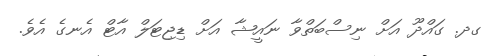
ގދ. ގައްދޫ އަށް ނިސްބަތްވާ ނައީޝާ އަށް ޑިޖިޓަލް އާޓް އެނގެ އެވެ.